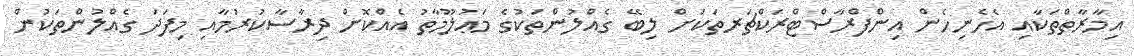
އިމާރާތްތަކާއި އެހެނިހެން އިންފްރާސްޓްރަކްޗަރތަކަށް ލިބޭ ގެއްލުންތަކުގެ މަޢުލޫމާތު އެއްކޮށް ދިރާސާކުރުމާއި މިފަދަ ގެއްލުންތަކުން